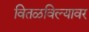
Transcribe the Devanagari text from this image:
वितळविल्यावर